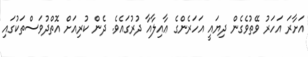
އަށާރަ އަހަރު ވޭތުވެގެން ދިޔައީ އަހަރެންގެ ޢާއިލާއާ ދުރުގައެވެ. ދެން ކުރިއަށް އޮތްދުވަސްތަކުގައި